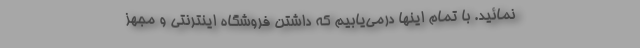
نمائید. با تمام اینها درمی‌یابیم که داشتن فروشگاه اینترنتی و مجهز